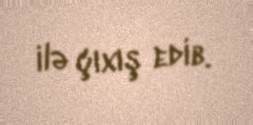
ilə çıxış edib.